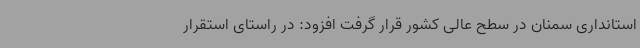
استانداری سمنان در سطح عالی کشور قرار گرفت افزود: در راستای استقرار